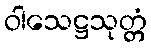
ဝါသေဋ္ဌသုတ္တံ